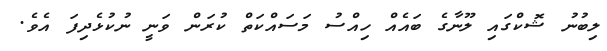
ލިބުނު ޝޮކްގައި ލޫނާގެ ބައެއް ހިއްސު މަސައްކަތް ކުރަން ވަނީ ނުކުޅެދިފަ އެވެ.